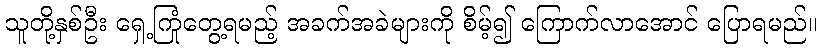
သူတို့နှစ်ဦး ရှေ့ကြုံတွေ့ရမည့် အခက်အခဲများကို စိမ့်၍ ကြောက်လာအောင် ပြောရမည်။